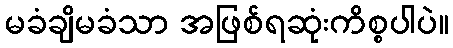
မခံချိမခံသာ အဖြစ်ရဆုံးကိစ္စပါပဲ။